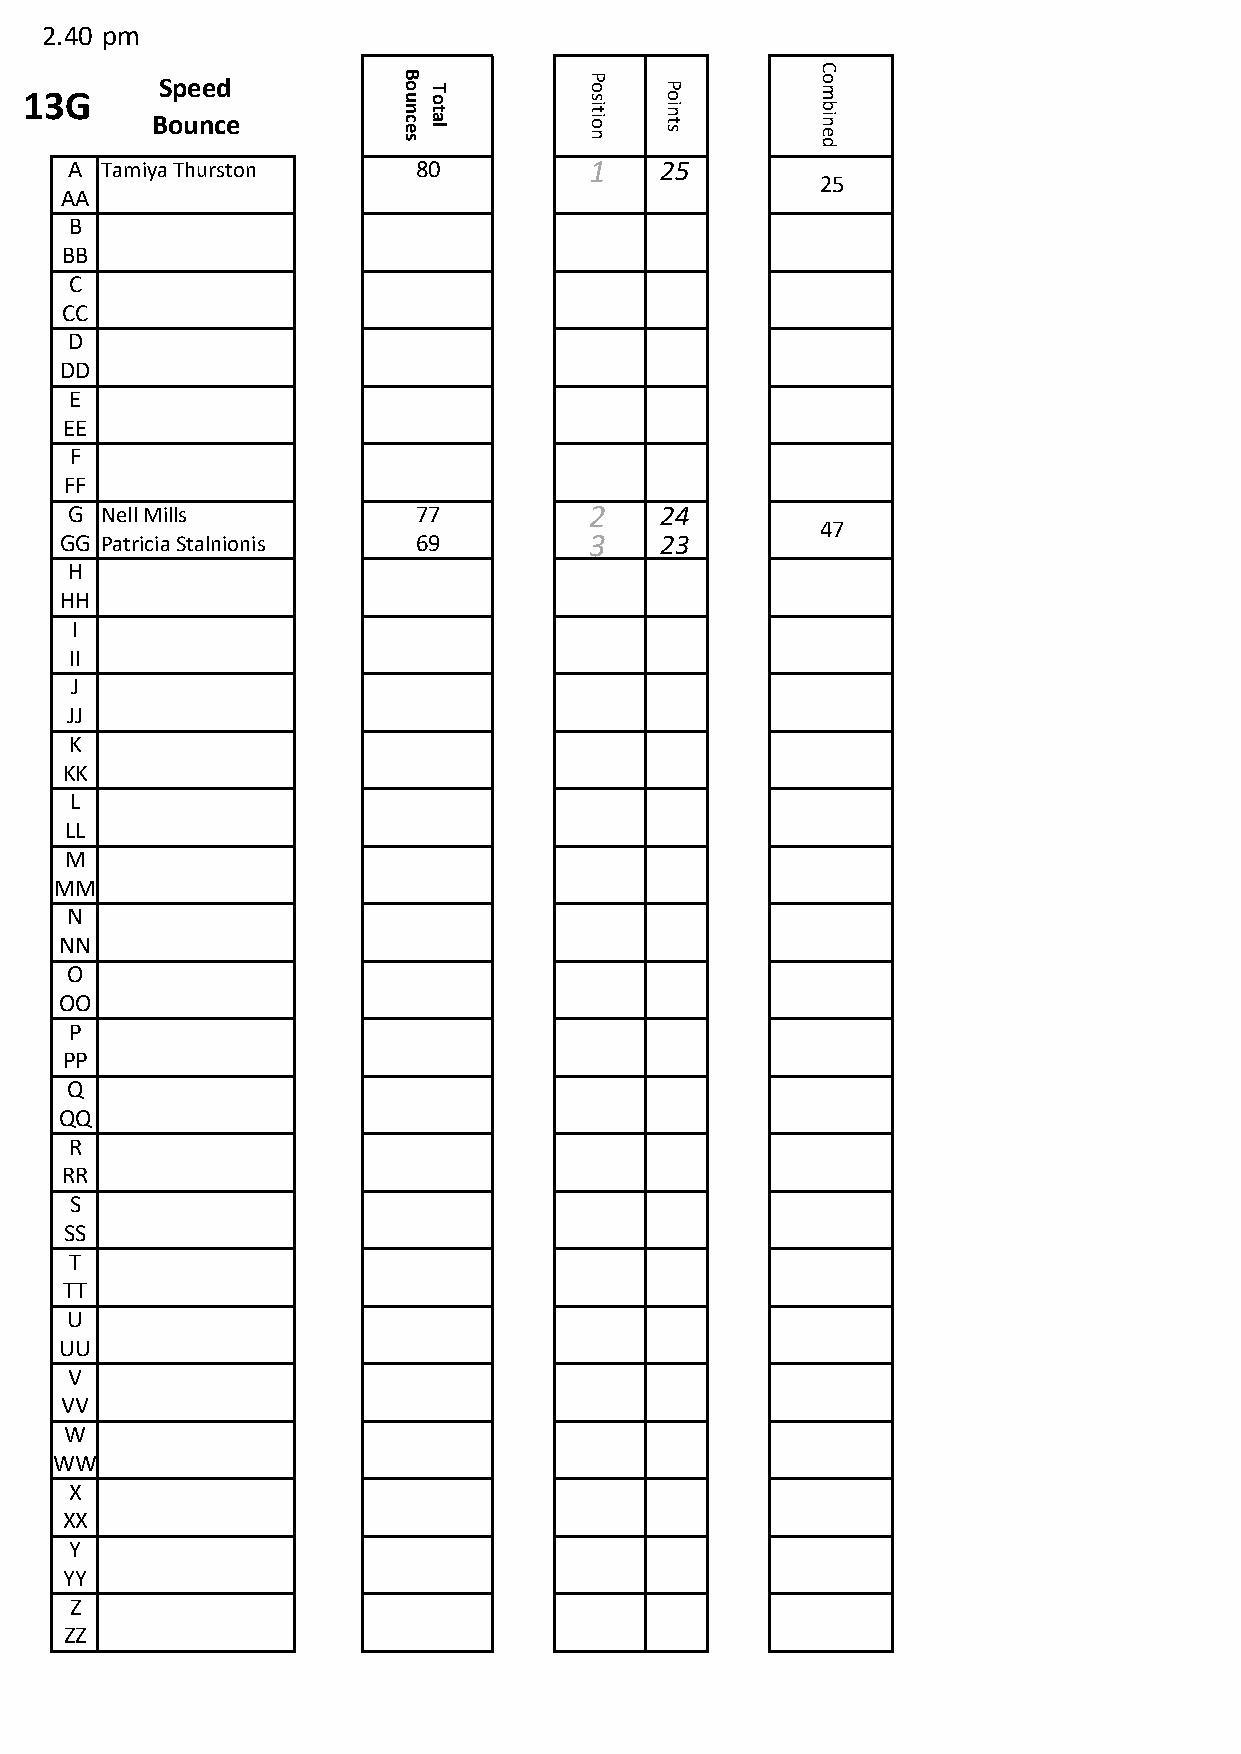
2.40 pm
 C
 u13G       Speed          B o u T o    P o s P o      o m
 Bounce
 n
 c e s
 t
 a l
 it
 io n
 in
 t s
 b
 in e d
 A Tamiya Thurston      80         1    25
 25
 AA
 B
 BB
 C
 CC
 D
 DD
 E
 EE
 F
 FF
 G  Nell Mills           77         2    24
 47
 GG Patricia Stalnionis  69         3    23
 H
 HH
 I
 II
 J
 JJ
 K
 KK
 L
 LL
 M
 MM
 N
 NN
 O
 OO
 P
 PP
 Q
 QQ
 R
 RR
 S
 SS
 T
 TT
 U
 UU
 V
 VV
 W
 WW
 X
 XX
 Y
 YY
 Z
 ZZ